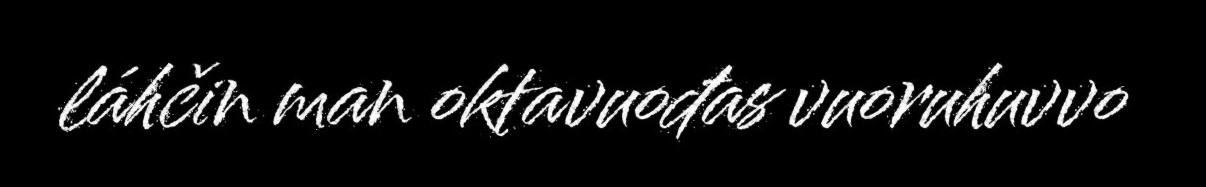
láhčin man oktavuođas vuoruhuvvo